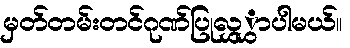
မှတ်တမ်းတင်ဂုဏ်ပြုလွှွှာပါမယ်။